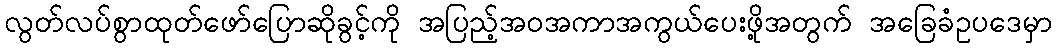
လွတ်လပ်စွာထုတ်ဖော်ပြောဆိုခွင့်ကို အပြည့်အဝအကာအကွယ်ပေးဖို့အတွက် အခြေခံဥပဒေမှာ